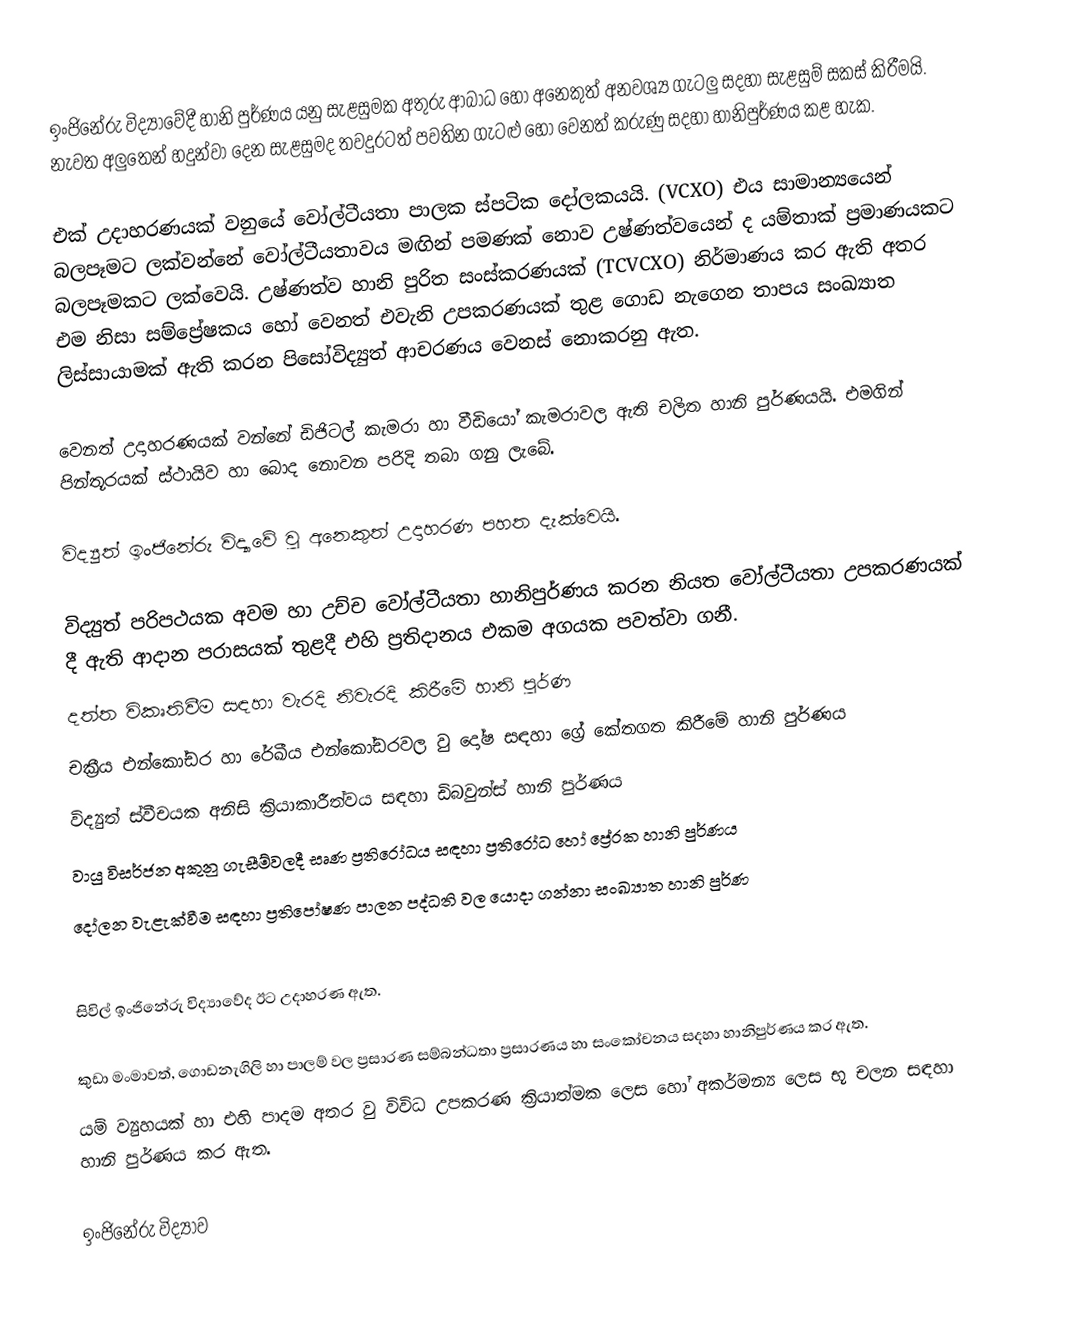
ඉංජිනේරු විද්‍යාවේදී හානි පුර්ණය යනු සැළසුමක අතුරු ආබාධ හෝ අනෙකුත් අනවශ්‍ය ගැටලු සදහා සැළසුම් සකස් කිරීමයි. නැවත අලුතෙන් හදුන්වා දෙන සැළසුමද තවදුරටත් පවතින ගැටළු හෝ වෙනත් කරුණු සදහා හානිපුර්ණය කළ හැක.

එක් උදාහරණයක් වනුයේ වෝල්ටීයතා පාලක ස්පටික දෝලකයයි. (VCXO) එය සාමාන්‍යයෙන් බලපෑමට ලක්වන්නේ වෝල්ටීයතාවය මඟින් පමණක් නොව උෂ්ණත්වයෙන් ද  යම්තාක් ප්‍රමාණයකට බලපෑමකට ලක්වෙයි. උෂ්ණත්ව හානි පුරිත සංස්කරණයක් (TCVCXO) නිර්මාණය කර ඇති අතර එම නිසා සම්ප්‍රේෂකය හෝ වෙනත් එවැනි උපකරණයක් තුළ ගොඩ නැගෙන තාපය සංඛ්‍යාත ලිස්සායාමක් ඇති කරන පිසෝවිද්‍යුත් ආචරණය වෙනස් නොකරනු ඇත.

වෙනත් උදාහරණයක් වන්නේ ඩිජිටල් කැමරා හා වීඩියෝ කැමරාවල ඇති චලිත හානි පුර්ණයයි. එමගින් පින්තූරයක් ස්ථායිව හා බොද නොවන පරිදි තබා ගනු ලැබේ.

විද්‍යුත් ඉංජිනේරු විද්‍යාවේ වු අනෙකුත් උදාහරණ පහත දැක්වෙයි.

	විද්‍යුත් පරිපථයක අවම හා උච්ච වෝල්ටීයතා හානිපුර්ණය කරන නියත වෝල්ටීයතා උපකරණයක් දී ඇති ආදාන පරාසයක් තුළදී එහි ප්‍රතිදානය එකම අගයක පවත්වා ගනී.
	දත්ත විකෘතිවීම සඳහා වැරදි නිවැරදි කිරීමේ හානි පුර්ණ
	චක්‍රීය එන්කෝඩර හා රේඛීය එන්කෝඩරවල වු දෝෂ සඳහා ග්‍රේ කේතගත කිරීමේ හානි පුර්ණය
	විද්‍යුත් ස්වීචයක අනිසි ක්‍රියාකාරීත්වය සඳහා ඩිබවුන්ස් හානි පුර්ණය
	වායු විසර්ජන අකුනු ගැසීම්වලදී සෘණ ප්‍රතිරෝධය සඳහා ප්‍රතිරෝධ හෝ ප්‍රේරක හානි පුර්ණය
	දෝලන වැළැක්වීම සඳහා ප්‍රතිපෝෂණ පාලන පද්ධති වල යොදා ගන්නා සංඛ්‍යාත හානි පුර්ණ

සිවිල් ඉංජිනේරු විද්‍යාවේද ඊට උදාහරණ ඇත.

	කුඩා මංමාවත්, ගොඩනැගිලි හා පාලම් වල ප්‍රසාරණ සම්බන්ධතා ප්‍රසාරණය හා සංකෝචනය සදහා හානිපුර්ණය කර ඇත.
	යම් ව්‍යුහයක් හා එහි පාදම අතර වු විවිධ උපකරණ ක්‍රියාත්මක ලෙස හෝ අකර්මන්‍ය ලෙස භූ චලන සඳහා හානි පුර්ණය කර ඇත.

 ඉංජිනේරු විද්‍යාව